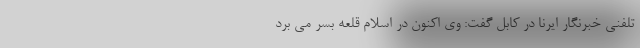
تلفنی خبرنگار ایرنا در کابل گفت: وی اکنون در اسلام قلعه بسر می برد